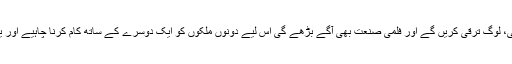
یہ مسئلہ حل ہو گیا تو ترقی کی نئی راہیں کھلیں گی، لوگ ترقی کریں گے اور فلمی صنعت بھی آگے بڑھے گی اس لیے دونوں ملکوں کو ایک دوسرے کے ساتھ کام کرنا چاہیے اور یہ دونوں ممالک کے لیے ہر اعتبار سے اچھا ہوگا۔